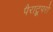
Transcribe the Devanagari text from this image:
पैराट्रूपरों